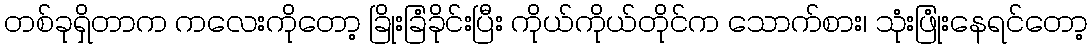
တစ်ခုရှိတာက ကလေးကိုတော့ ခြိုးခြံခိုင်းပြီး ကိုယ်ကိုယ်တိုင်က သောက်စား၊ သုံးဖြုံးနေရင်တော့